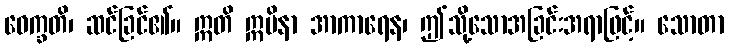
ဝေက္ခတိ၊ ဆင်ခြင်၏။ ဣတိ ဣမိနာ အာကာရေန၊ ဤသို့သောအခြင်းအရာဖြင့်။ သောတာ